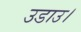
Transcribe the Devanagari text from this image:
उडाउ।